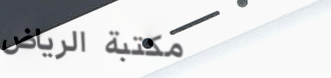
مكتبة الرياض